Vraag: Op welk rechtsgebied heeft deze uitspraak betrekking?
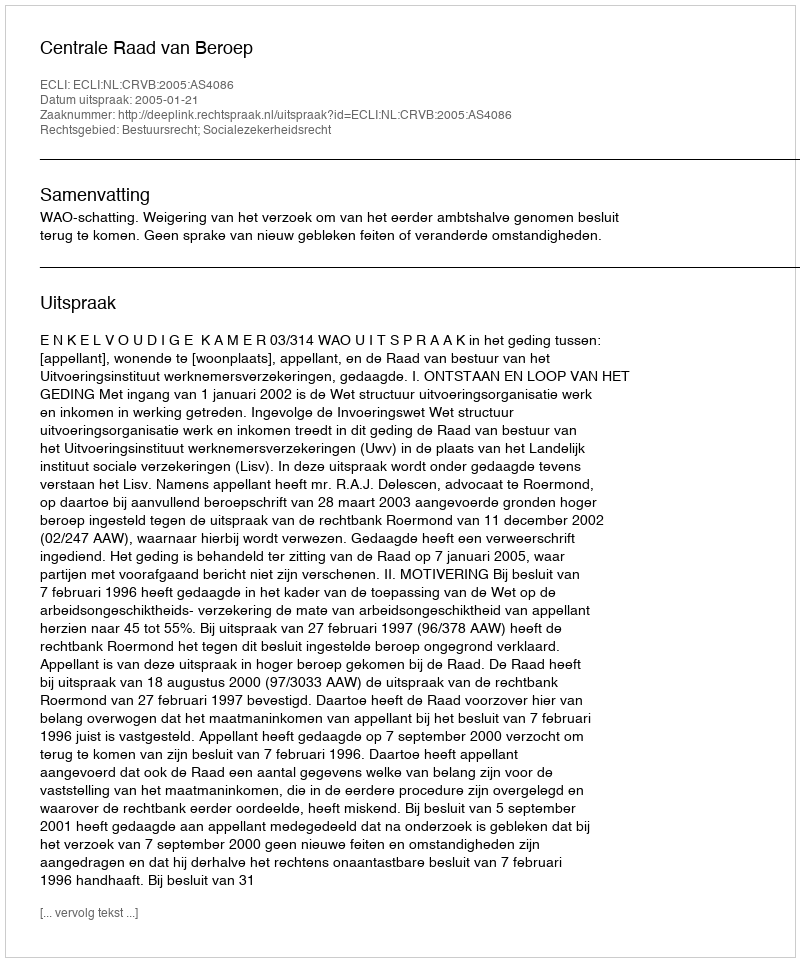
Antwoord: Bestuursrecht; Socialezekerheidsrecht